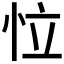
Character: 𢘮